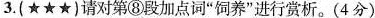
3.(★★★)请对第⑧段加点词“饲养”进行赏析。(4分)